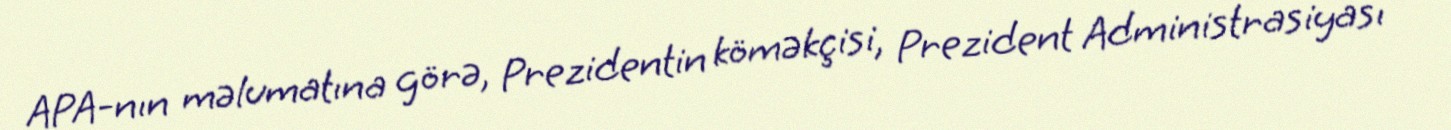
APA-nın məlumatına görə, Prezidentin köməkçisi, Prezident Administrasiyası